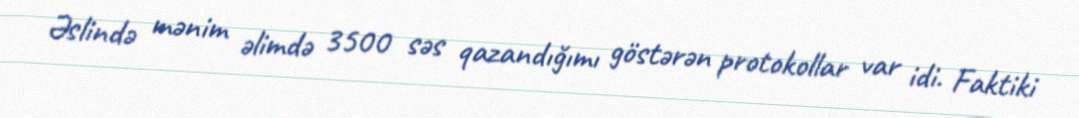
Əslində mənim əlimdə 3500 səs qazandığımı göstərən protokollar var idi. Faktiki